Elephants and their diseases
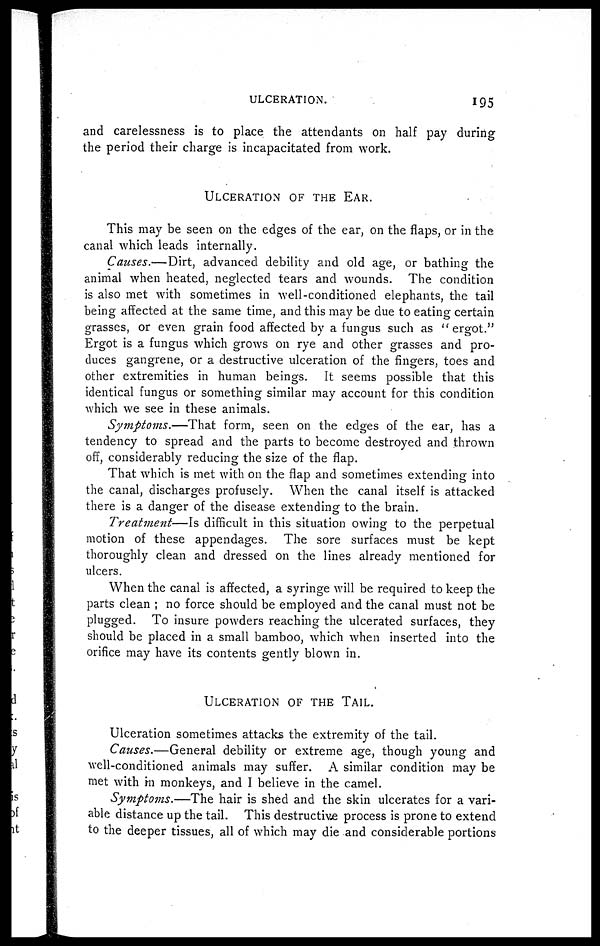
ULCERATION.
195
and carelessness is to place the attendants on half pay during
the period their charge is incapacitated from work.
ULCERATION OF THE EAR.
This may be seen on the edges of the ear, on the flaps, or in the
canal which leads internally.
Causes.—Dirt, advanced debility and old age, or bathing the
animal when heated, neglected tears and wounds. The condition
is also met with sometimes in well-conditioned elephants, the tail
being affected at the same time, and this may be due to eating certain
grasses, or even grain food affected by a fungus such as "ergot."
Ergot is a fungus which grows on rye and other grasses and pro-
duces gangrene, or a destructive ulceration of the fingers, toes and
other extremities in human beings. It seems possible that this
identical fungus or something similar may account for this condition
which we see in these animals.
Symptoms.—That
form, seen on the edges of the ear, has a
tendency to spread and the parts to become destroyed and thrown
off, considerably reducing the size of the flap.
That which is met with on the flap and sometimes extending into
the canal, discharges profusely. When the canal itself is attacked
there is a danger of the disease extending to the brain.
Treatment—Is difficult in this situation owing to the perpetual
motion of these appendages. The sore surfaces must be kept
thoroughly clean and dressed on the lines already mentioned for
ulcers.
When the canal is affected, a syringe will be required to keep the
parts clean ; no force should be employed and the canal must not be
plugged. To insure powders reaching the ulcerated surfaces, they
should be placed in a small bamboo, which when inserted into the
orifice may have its contents gently blown in.
ULCERATION OF THE TAIL.
Ulceration sometimes attacks the extremity of the tail.
Causes.—General debility or extreme age, though young and
well-conditioned animals may suffer. A similar condition may be
met with in monkeys, and I believe in the camel.
Symptoms.—The hair is shed and the skin ulcerates for a vari-
able distance up the tail. This destructive process is prone to extend
to the deeper tissues, all of which may die and considerable portions